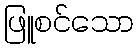
ဖြူစင်သော